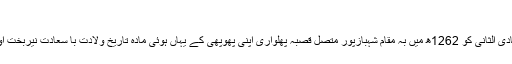
2 سجادہ نشینی
آپ کی پیدائش26 جمادی الثانی کو 1262ھ میں بہ مقام شہبازپور متصل قصبہ پھلواری اپنی پھوپھی کے یہاں ہوئی مادہ تاریخ ولادت با سعادت نیربخت اور مظہر العجائب ہے۔